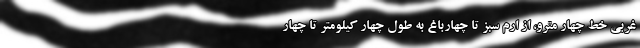
غربی خط چهار مترو، از ارم سبز تا چهارباغ به طول چهار کیلومتر تا چهار